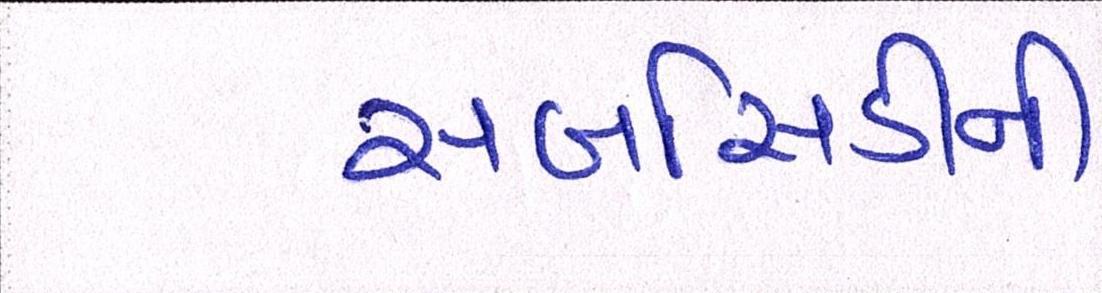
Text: સબસિડીની